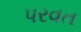
પરવત